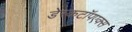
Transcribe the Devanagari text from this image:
डेस्कटॉपएक्स